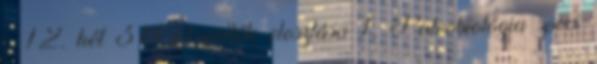
– 12. hét 38 Fajöltők eloszlása 1. Paleobiológia speci